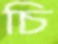
চি